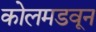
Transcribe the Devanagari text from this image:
कोलमडवून